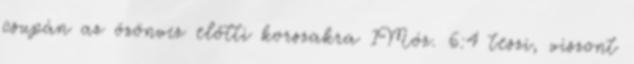
csupán az özönvíz előtti korszakra 1Móz. 6:4 teszi, viszont